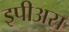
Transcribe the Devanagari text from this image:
इपीअस